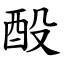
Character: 酘